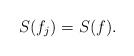
\begin{align*}S(f_j)=S(f).\end{align*}